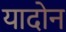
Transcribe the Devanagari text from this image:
यादोन